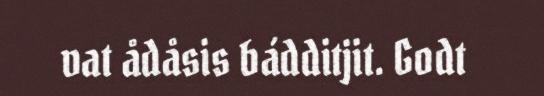
vat ådåsis bádditjit. Godt